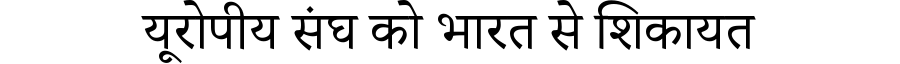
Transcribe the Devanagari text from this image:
यूरोपीय संघ को भारत से शिकायत